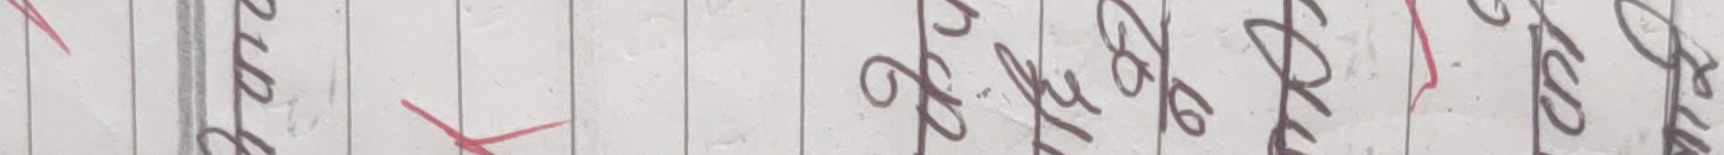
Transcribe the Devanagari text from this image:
जुनका पूरकरन